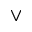
\vee